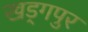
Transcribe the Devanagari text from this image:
खड्‍गपुर